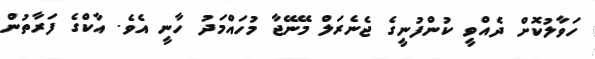
ހަވާލުކޮށް ދެއްވީ ކުންފުނީގެ ޖެނެރަލް މޭނޭޖާ މުހައްމަދު ހާނީ އެވެ. އާކްގެ ފަރާތުން